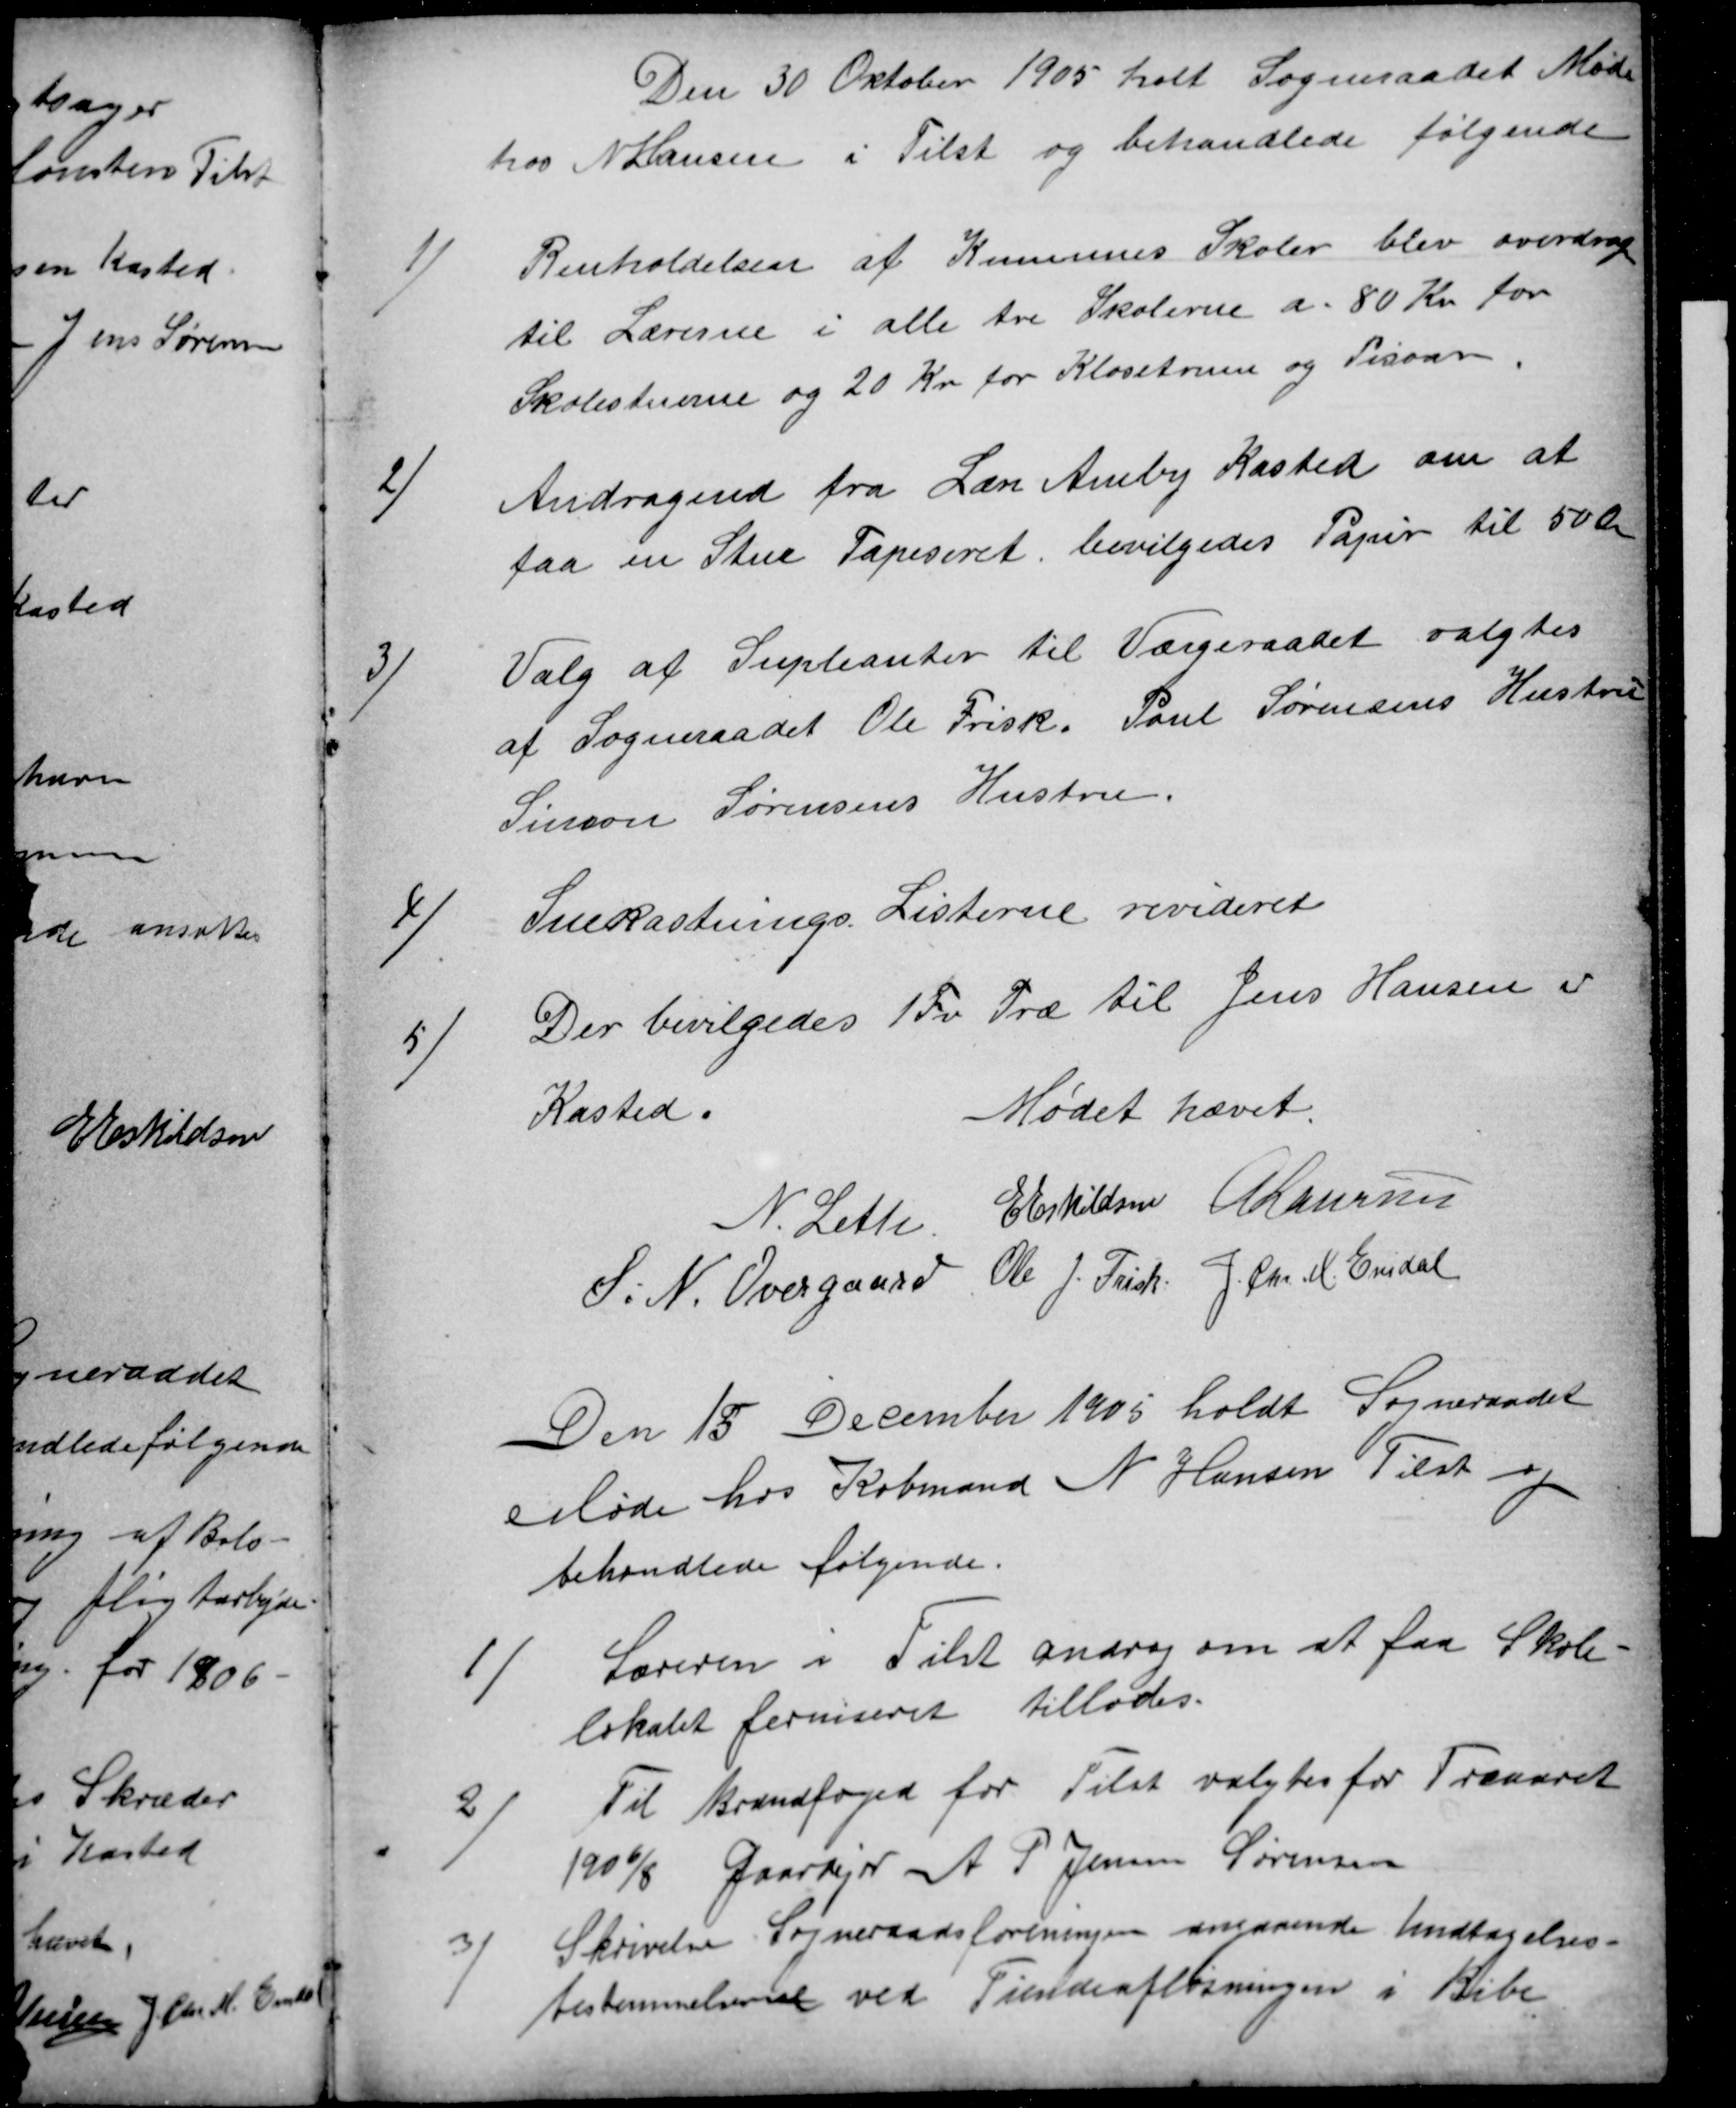
Transskription:
Den 30 Oktober 1905 holt Sogneraadet Møde
hos N Hansen i Tilst og behandlede følgende
1)
Renholdelsen af Komunes Skoler blev overdrog
til Lærerne i alle tre Skolerne a. 80 Kr for
Skolestuerne og 20 Kr for Kloseterne og Pisoar
2)
Andragende fra Lære Amby Kasted om at
faa en Stue Tapeseret bevilgedes Papir til 50 Øre
3)
Valg af Supleanter til Værgeraadet valgtes
af Sogneraadet Ole Frisk. Poul Sørensens Hustru
Simon Sørensens Hustru.
4)
Snekastnings Listerne revideret
5)
Der bevilgedes 1 Fv. Træ til Jens Hansen af
Kasted.
Mødet hævet.
N. Leth E Eskildsen A Laursen
S. N. Overgaard Ole J. Frisk. J. Chr. M. Emdal
Den 15 December 1905 holdt Sogneraadet
Møde hos Købmand N Hansen Tilst og
behandlede følgende.
1)
Læreren i Tilst androg om at faa Skole-
lokalet ferniseret tillodes.
2)
Til Brandfoged for Tilst valgtes for Treaaret
190 6/8 Gaardejer A P Jensen Sørensen
3)
Skrivelse Sogneraadsforeningen angaaende Undtagelses-
bestemmelserne ved Tiendeafløsningen i Ribe